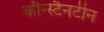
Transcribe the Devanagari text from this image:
कौन्स्टैनटीन